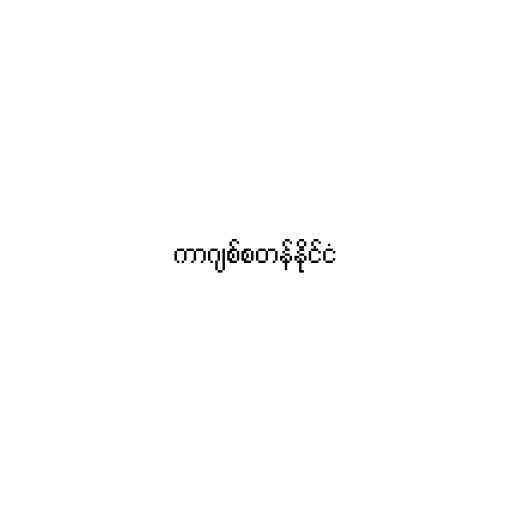
ကာဂျစ်စတန်နိုင်ငံ